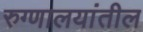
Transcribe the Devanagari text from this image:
रुग्णालयांतील